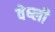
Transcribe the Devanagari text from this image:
वेष्ली